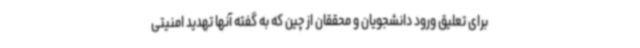
برای تعلیق ورود دانشجویان و محققان از چین که به گفته آنها تهدید امنیتی